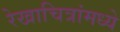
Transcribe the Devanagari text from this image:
रेखाचित्रांमध्ये